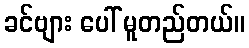
ခင်ဗျား ပေါ် မူတည်တယ်။